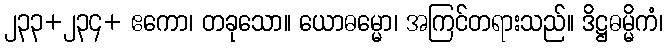
၂၃၃+၂၃၄+ ဧကော၊ တခုသော။ ယောဓမ္မော၊ အကြင်တရားသည်။ ဒိဋ္ဌဓမ္မိကံ၊